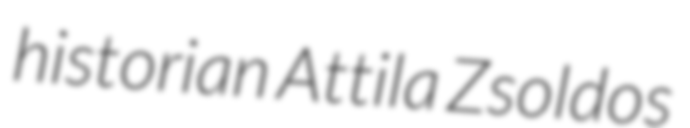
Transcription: historian Attila Zsoldos